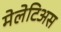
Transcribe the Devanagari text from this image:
मेलेटिअस